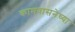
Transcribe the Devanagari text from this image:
कामवासनेच्या